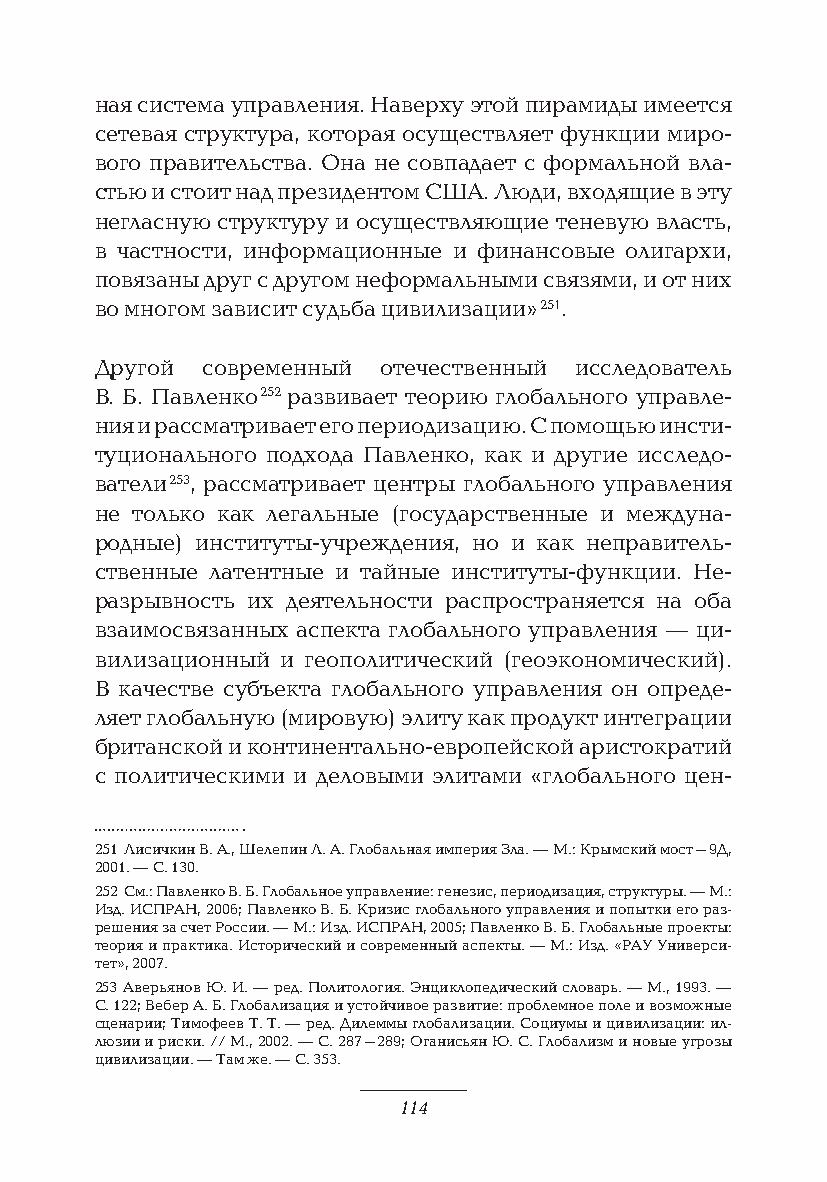
ная система управления. Наверху этой пирамиды имеется
 сетевая структура, которая осуществляет функции миро-
 вого правительства. Она не совпадает с формальной вла-
 стью и стоит над президентом США. Люди, входящие в эту
 негласную структуру и осуществляющие теневую власть,
 в частности, информационные и финансовые олигархи,
 повязаны друг с другом неформальными связями, и от них
 во многом зависит судьба цивилизации» 251.
 Другой современный отечественный исследователь
 В. Б. Павленко 252 развивает теорию глобального управле-
 ния и рассматривает его периодизацию. С помощью инсти-
 туционального подхода Павленко, как и другие исследо-
 ватели 253, рассматривает центры глобального управления
 не только как легальные (государственные и междуна-
 родные) институты-учреждения, но и как неправитель-
 ственные латентные и тайные институты-функции. Не-
 разрывность их деятельности распространяется на оба
 взаимосвязанных аспекта глобального управления — ци-
 вилизационный и геополитический (геоэкономический).
 В качестве субъекта глобального управления он опреде-
 ляет глобальную (мировую) элиту как продукт интеграции
 британской и континентально-европейской аристократий
 с политическими и деловыми элитами «глобального цен-
 251 Лисичкин В. А., Шелепин Л. А. Глобальная империя Зла. — М.: Крымский мост–9Д,
 2001. — С. 130.
 252 См.: Павленко В. Б. Глобальное управление: генезис, периодизация, структуры. — М.:
 Изд. ИСПРАН, 2006; Павленко В. Б. Кризис глобального управления и попытки его раз-
 решения за счет России. — М.: Изд. ИСПРАН, 2005; Павленко В. Б. Глобальные проекты:
 теория и практика. Исторический и современный аспекты. — М.: Изд. «РАУ Универси-
 тет», 2007.
 253 Аверьянов Ю. И. — ред. Политология. Энциклопедический словарь. — М., 1993. —
 С. 122; Вебер А. Б. Глобализация и устойчивое развитие: проблемное поле и возможные
 сценарии; Тимофеев Т. Т. — ред. Дилеммы глобализации. Социумы и цивилизации: ил-
 люзии и риски. // М., 2002. — С. 287–289; Оганисьян Ю. С. Глобализм и новые угрозы
 цивилизации. — Там же. — С. 353.
 114